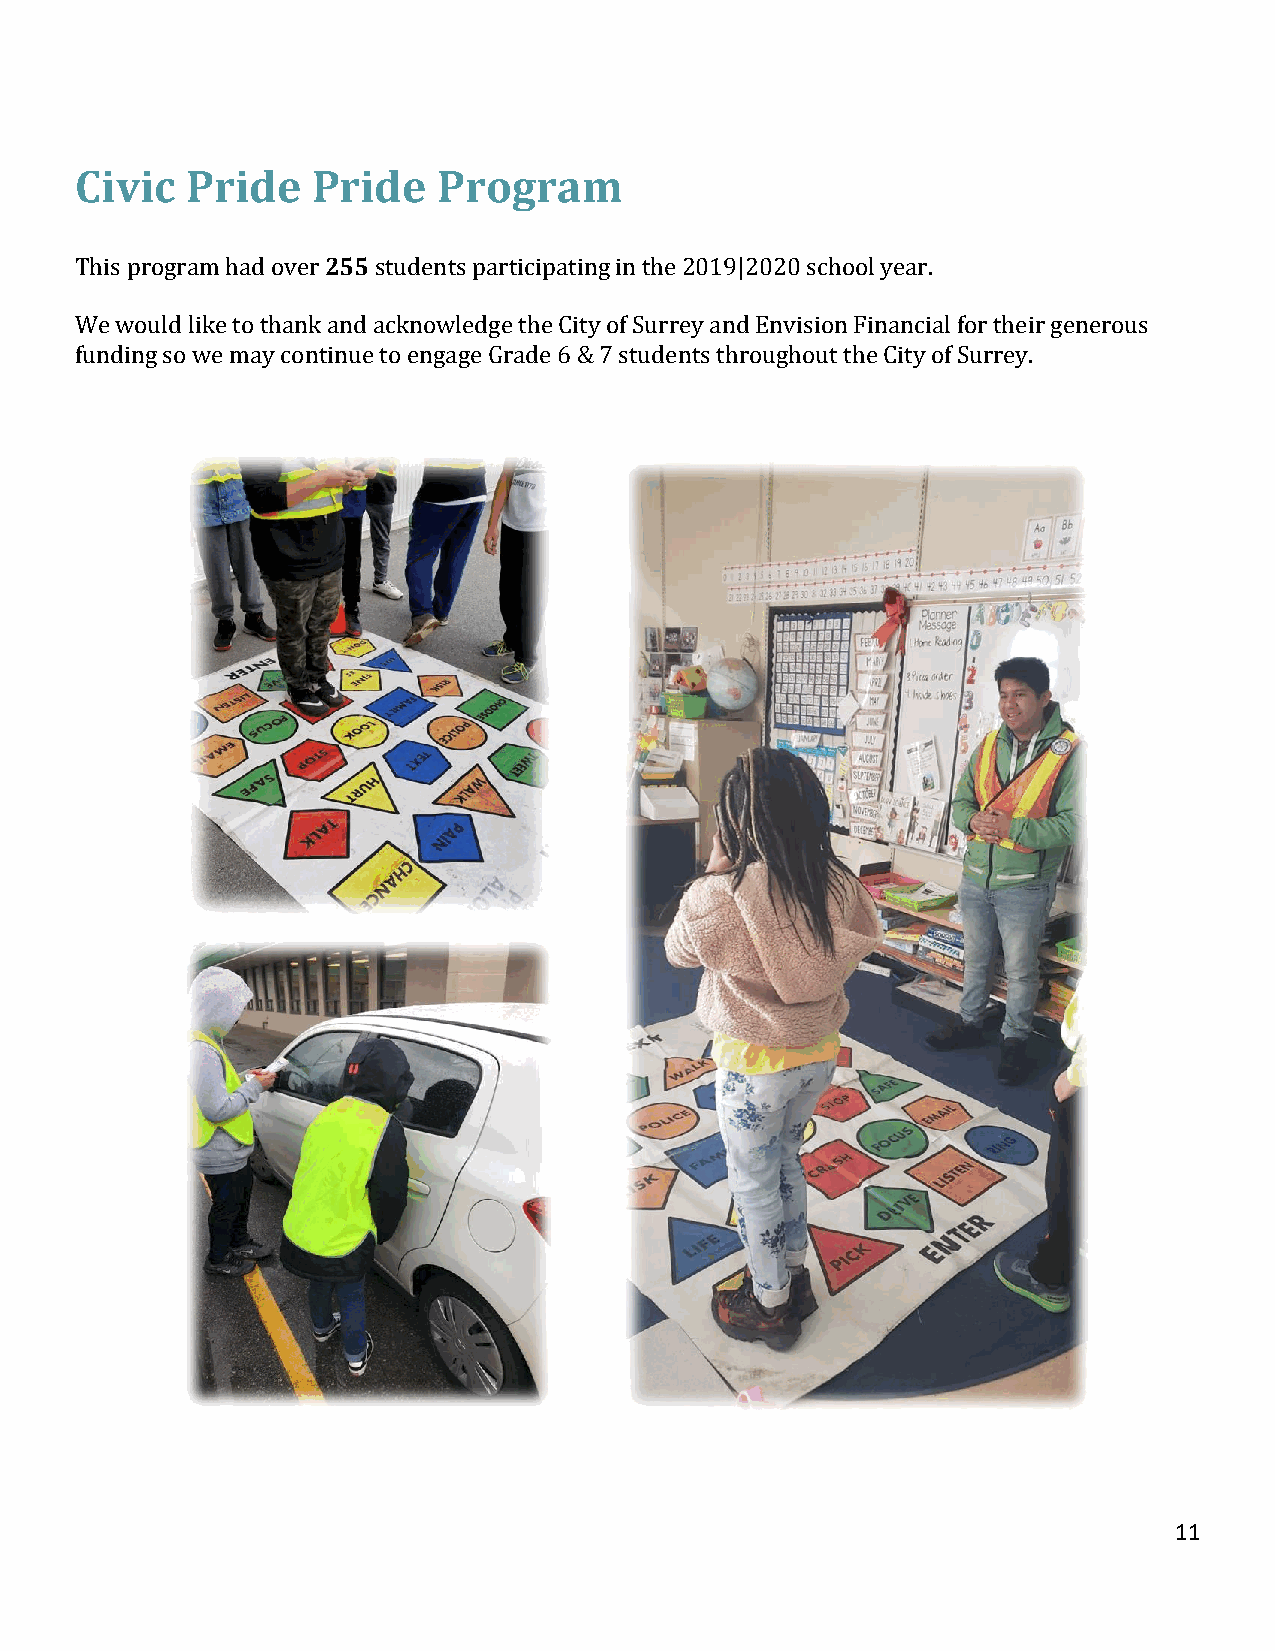
Civic  Pride    Pride   Program
 This program had over 255 students participating in the 2019|2020 school year.
 We would like to thank and acknowledge the City of Surrey and Envision Financial for their generous
 funding so we may continue to engage Grade 6 & 7 students throughout the City of Surrey.
 11